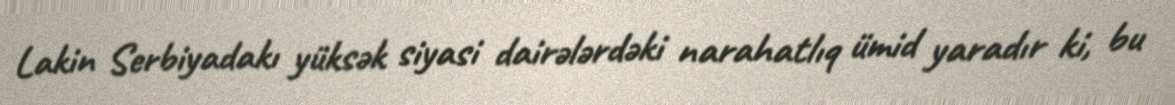
Lakin Serbiyadakı yüksək siyasi dairələrdəki narahatlıq ümid yaradır ki, bu